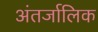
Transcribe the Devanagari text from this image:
अंतर्जालिक